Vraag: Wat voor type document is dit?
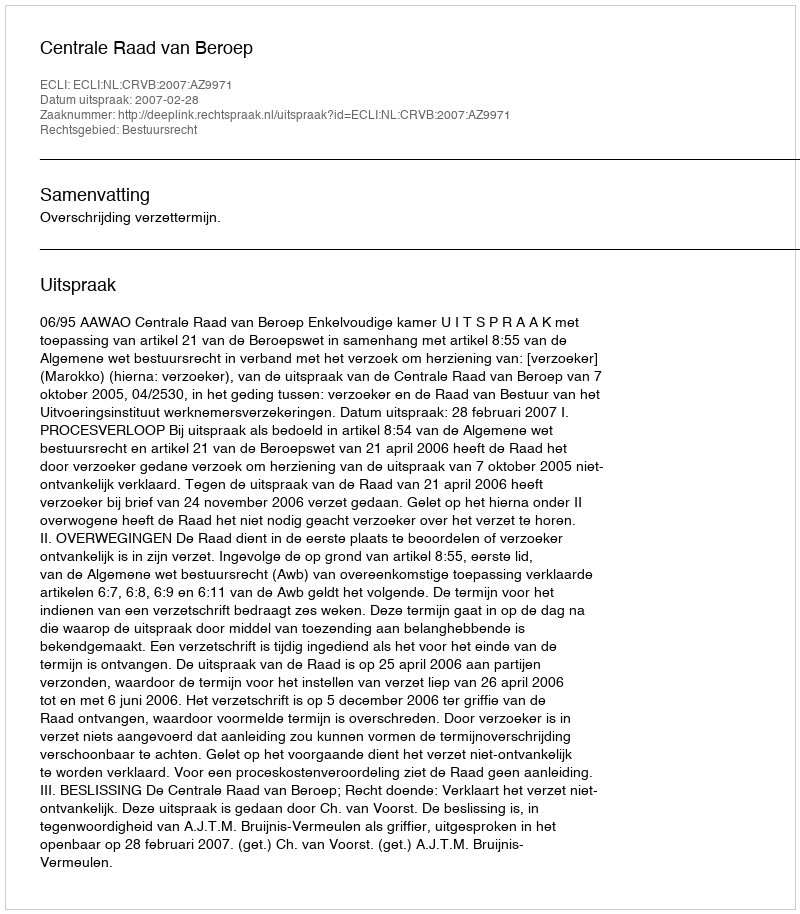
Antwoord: Uitspraak